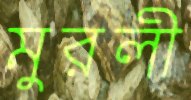
মুরলী